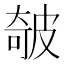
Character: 㿲